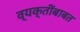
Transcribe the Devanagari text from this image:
व्यक्तींबाबत